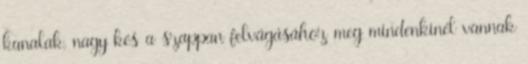
kanalak, nagy kés a szappan felvágásához meg mindenkinél vannak